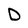
Character: D